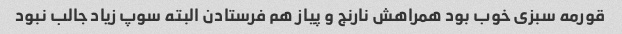
قورمه سبزی خوب بود همراهش نارنج و پیاز هم فرستادن البته سوپ زیاد جالب نبود